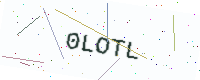
Text: 0LOTL